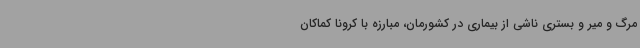
مرگ و میر و بستری ناشی از بیماری در کشورمان، مبارزه با کرونا کماکان